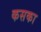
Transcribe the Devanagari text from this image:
कसका